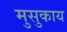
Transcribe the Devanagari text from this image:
मुसुकाय